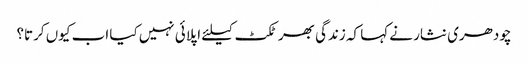
چودھری نثار نے کہا کہ زندگی بھر ٹکٹ کیلئے اپلائی نہیں کیا اب کیوں کرتا؟